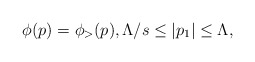
\begin{align*}\phi(p) = \phi_{>}(p) , \Lambda/s \leq |p_{1}| \leq\Lambda,\end{align*}